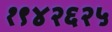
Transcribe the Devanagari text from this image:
१९४२६२५